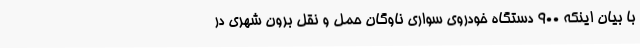
با بیان اینکه 900 دستگاه خودروی سواری ناوگان حمل و نقل برون شهری در